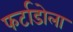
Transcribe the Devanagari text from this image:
फर्टाडोला